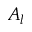
A _ { l }